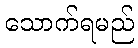
သောက်ရမည်